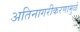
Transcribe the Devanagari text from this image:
अतिनागरीकरणामुळे